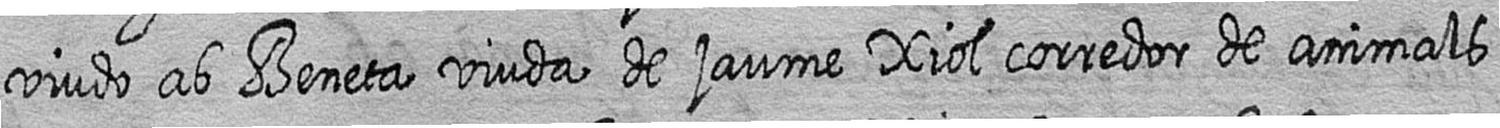
viudo ab Beneta viuda de jaume Xiol corredor de animals